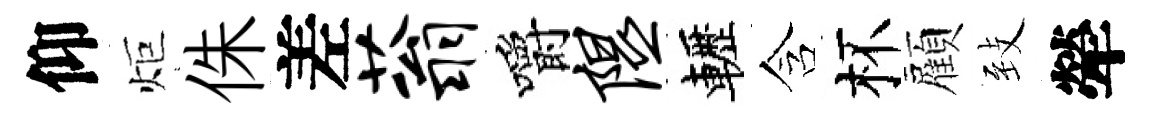
仰炬侏差蓊嚼隰轣含杯顏𦤺犖